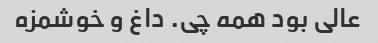
عالی بود همه چی. داغ و خوشمزه